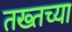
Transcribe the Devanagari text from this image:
तख्तच्या